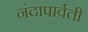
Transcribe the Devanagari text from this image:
नंदापार्वती